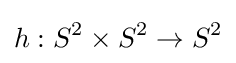
h:S^{2}\times S^{2}\to S^{2}